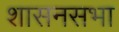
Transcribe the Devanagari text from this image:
शासनसभा